Malaria in the Punjab - Number 46
Disease focus: Malaria
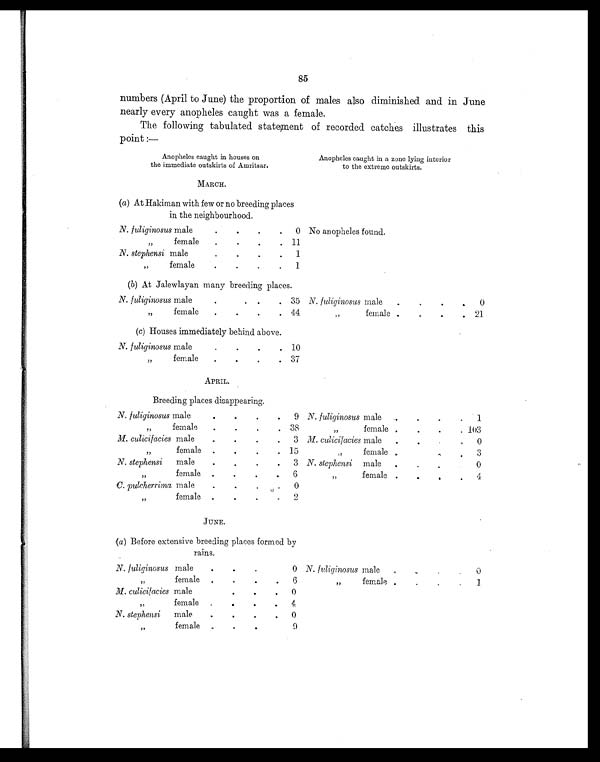
85
numbers (April to June) the proportion of males also diminished and in June
nearly every anopheles caught was a female.
The following tabulated statement of recorded catches illustrates this
point:—
Anopheles caught in houses on
the immediate outskirts of Amritsar.
Anopheles caught in a zone lying interior
to the extreme outskirts.
MARCH.
(a ) At Hakiman with few or no breeding places
in the neighbourhood.
N. fuliginosus male
.
.
.
.
0 No anopheles found.
„ f e ma l e
.
.
.
. 11
N. stephensi male
.
.
.
. 1
„ female
.
.
.
.
1
( b) At Jalewlayan many breeding places.
N. fuliginosus male
.
.
.
.
35 N. fuliginosus male
.
.
.
. 0
„ female
.
.
.
. 44
„ female .
.
.
. 21
(c) Houses immediately behind above.
N. fuliginosus male
.
.
.
. 10
„ female
.
.
.
. 37
APRIL.
Breeding places disappearing.
N. fuliginosus male
.
.
.
. 9 N. fuliginosus male
.
.
.
.
1
„ female
.
.
.
. 38
„ female .
.
.
. 103
M. culicifacies male
.
.
.
.
3 M. culicifacies male
.
.
.
.
0
„ f e m a l e .
.
.
. 15
„ f e m a l e
.
.
.
. 3
N. stephensi
male
.
.
.
.
3 N. stephensi male
. .
.
. 0
„ f e m a l e .
.
.
.
6
„ f e m a l e .
.
.
.
4
C. pulcherrima male
.
.
.
.
0
„ f e m a l e .
.
.
.
2
JUNE.
(a ) Before extensive breeding places formed by
rains.
N. fuliginosus male
.
.
.
. 0 N. fuliginosus male
.
.
.
.
0
„
female .
.
.
.
6
„ female
.
. .
.
1
M. culicifacies male
.
.
.
.
0
„ female
.
.
.
. 4
N. stephensi
male
.
.
.
. 0
„ female
.
.
.
. 9